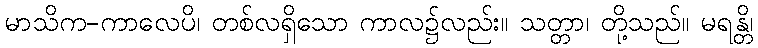
မာသိက-ကာလေပိ၊ တစ်လရှိသော ကာလ၌လည်း။ သတ္တာ၊ တို့သည်။ မရန္တိ၊